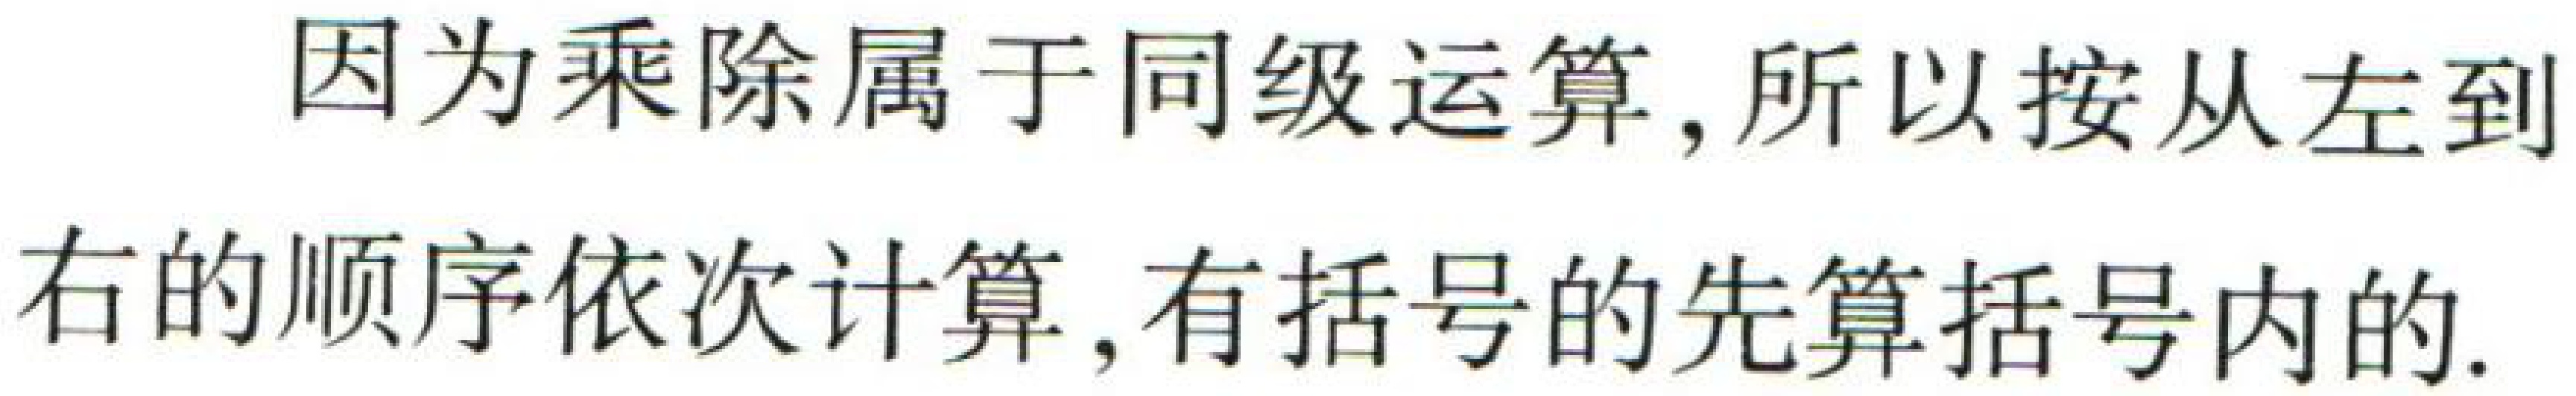
因为乘除属于同级运算,所以按从左到右的顺序依次计算,有括号的先算括号内的.